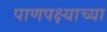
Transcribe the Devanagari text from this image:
पाणपक्ष्याच्या